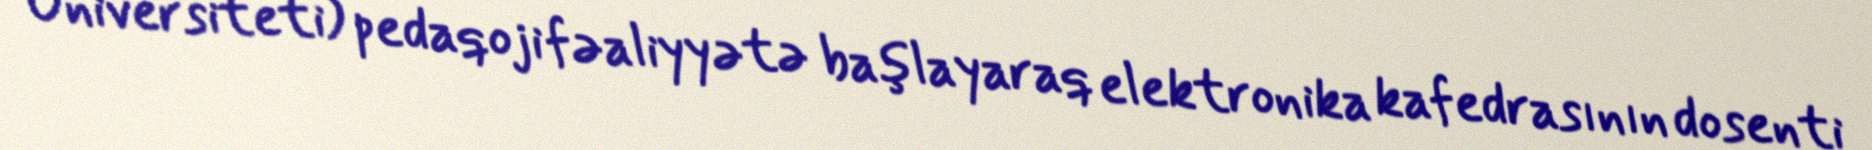
Universiteti) pedaqoji fəaliyyətə başlayaraq elektronika kafedrasının dosenti